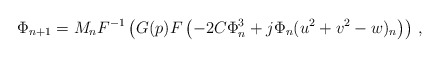
\begin{align*}\Phi_{n+1}=M_{n}F^{-1}\left(G(p)F\left(-2C\Phi_{n}^{3}+j\Phi_{n}(u^{2}+v^{2}-w)_{n}\right)\right) \, ,\end{align*}